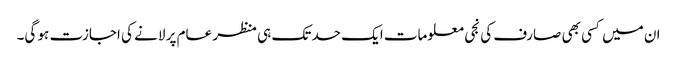
ان میں کسی بھی صارف کی نجی معلومات ایک حد تک ہی منظر عام پر لانے کی اجازت ہو گی۔